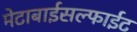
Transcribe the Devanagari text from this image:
मेटाबाईसल्फाईट